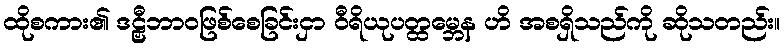
ထိုစကား၏ ဒဠှီဘာဝဖြစ်စေခြင်းငှာ ဝီရိယုပတ္ထမ္ဘေန ဟိ အစရှိသည်ကို ဆိုသတည်း။